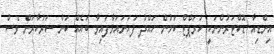
އިންޑިއާ ޑޮކްޓަރުންނަކީ ކަރަޕްޓް ކަމުން ހައްދު ފަހަނައަޅާފައިވާ ބައެއް ކަން ސަރުކާރަށް ވެސް